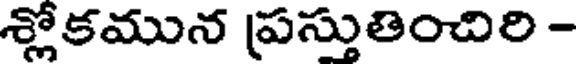
శ్లోకమున ప్రస్తుతించిరి -